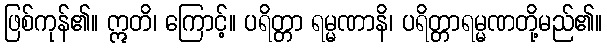
ဖြစ်ကုန်၏။ ဣတိ၊ ကြောင့်။ ပရိတ္တာ ရမ္မဏာနိ၊ ပရိတ္တာရမ္မဏတို့မည်၏။